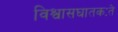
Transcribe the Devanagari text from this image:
विश्वासघातकःते